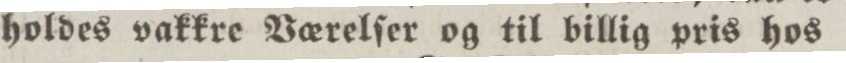
holdes vakkre Vœrelſer og til billig pris hos